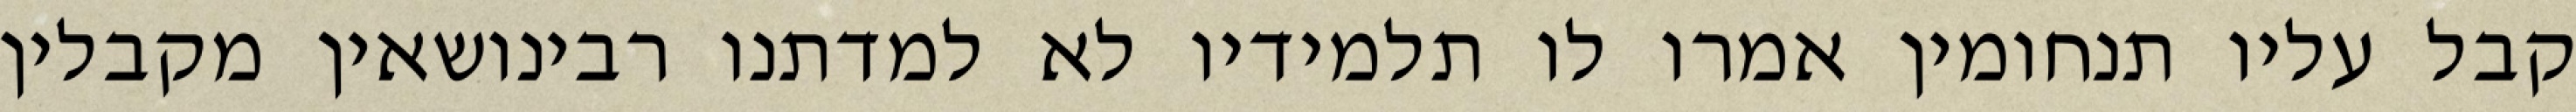
קבל עליו תנחומין אמרו לו תלמידיו לא למדתנו רבינושאין מקבלין